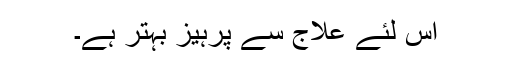
اس لئے علاج سے پرہیز بہتر ہے۔